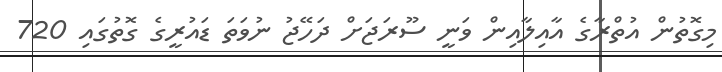
މިގޮތުން އުތްރާގެ އާއިލާއިން ވަނީ ސޫރަޖަށް ދަހޭޖު ނުވަތަ ޑައުރީގެ ގޮތުގައި 720